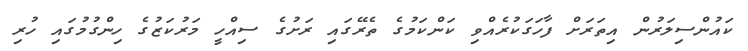
ކައުންސިލަރުން އިތަރަށް ފާހަގަކުރެއްވި ކަންކަމުގެ ތެރޭގައި ރަށުގެ ސިއްހީ މަރުކަޒުގެ ހިންގުމުގައި ހުރި